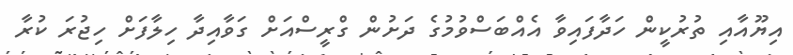
އިޔޫއާއި ތުރުކީން ހަދާފައިވާ އެއްބަސްވުމުގެ ދަށުން ގްރީސްއަށް ގަވާއިދާ ހިލާފަށް ހިޖުރަ ކުރާ